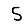
Digit: 5